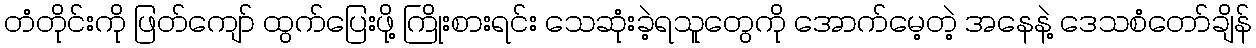
တံတိုင်းကို ဖြတ်ကျော် ထွက်ပြေးဖို့ ကြိုးစားရင်း သေဆုံးခဲ့ရသူတွေကို အောက်မေ့တဲ့ အနေနဲ့ ဒေသစံတော်ချိန်